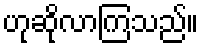
ဟုဆိုလာကြသည်။